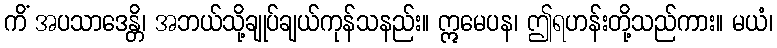
ကိံ အပသာဒေန္တိ၊ အဘယ်သို့ချုပ်ချယ်ကုန်သနည်း။ ဣမေပန၊ ဤရဟန်းတို့သည်ကား။ မယံ၊